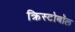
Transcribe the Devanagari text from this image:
क्रिस्टोबॉल